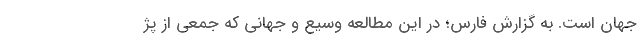
جهان است. به گزارش فارس؛ در این مطالعه وسیع و جهانی که جمعی از پژ